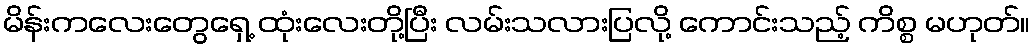
မိန်းကလေးတွေရှေ့ ထုံးလေးတို့ပြီး လမ်းသလားပြလို့ ကောင်းသည့် ကိစ္စ မဟုတ်။